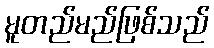
မူတည်မည်ဖြစ်သည်